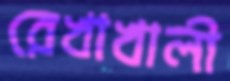
রেখাখালী